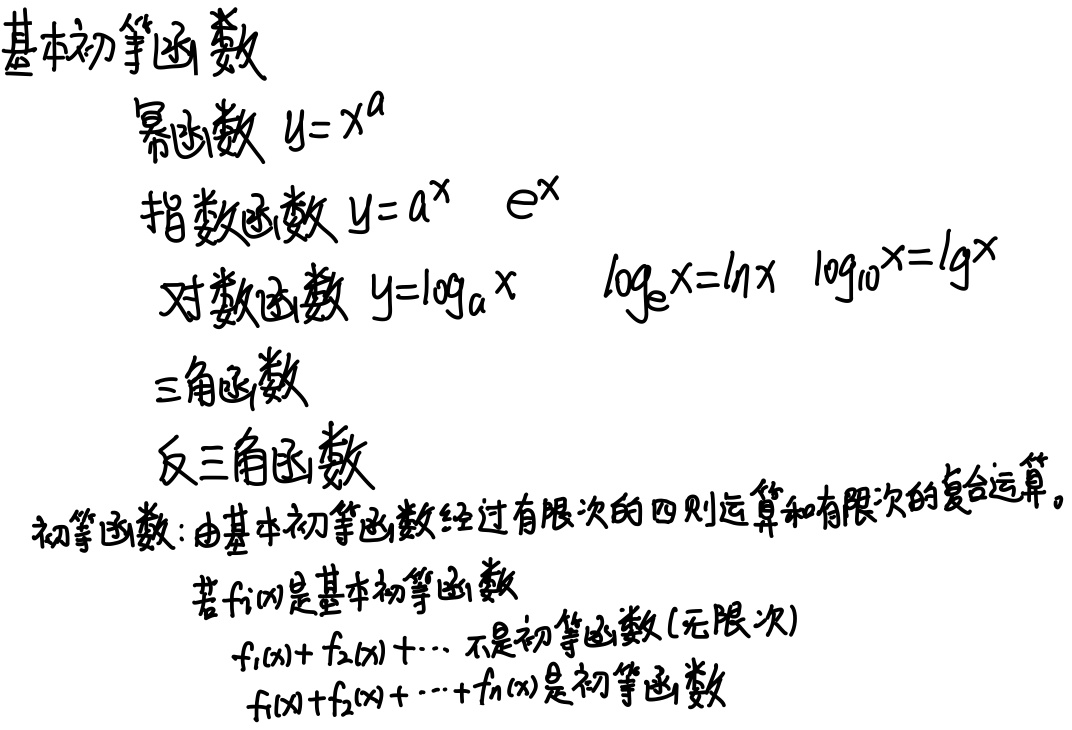
基本初等函数：
 - 幂函数：\(y = x^a\)
 - 指数函数：\(y = a^x\)，\(e^x\)
 - 对数函数：\(y=\log_a x\)，\(\log_e x = \ln x\)，\(\log_{10}x=\lg x\)
 - 三角函数
 - 反三角函数

初等函数：由基本初等函数经过有限次的四则运算和有限次的复合运算得到的函数。

若\(f_i(x)\)是基本初等函数，\(f_1(x)+ f_2(x)+\cdots\)（无限次）不是初等函数，\(f_1(x)+f_2(x)+\cdots +f_n(x)\)（有限次）是初等函数。